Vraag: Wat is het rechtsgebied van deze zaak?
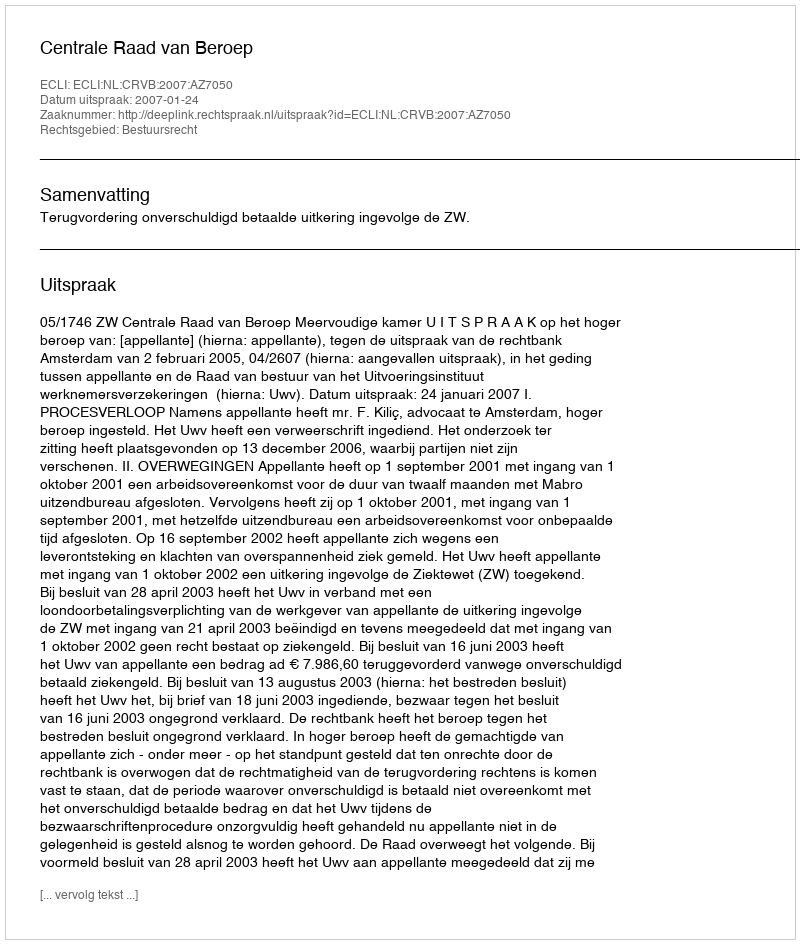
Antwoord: Bestuursrecht